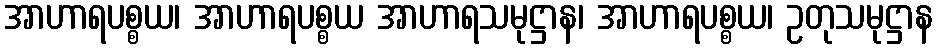
အာဟာရပစ္စယ၊ အာဟာရပစ္စယ အာဟာရသမုဋ္ဌာန၊ အာဟာရပစ္စယ၊ ဥတုသမုဋ္ဌာန